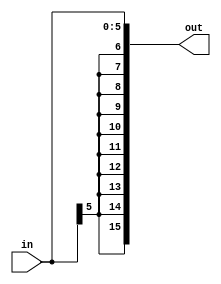
module SE516(in,out);
input [5:0] in;
output [15:0] out;

assign out={{10{in[5]}},in};

endmodule